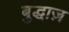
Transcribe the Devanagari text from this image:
बुद्धाज़